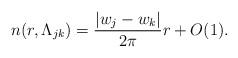
LaTeX: \begin{align*} n(r,\Lambda_{jk})=\frac{|w_j-w_k|}{2\pi}r+O(1). \end{align*}